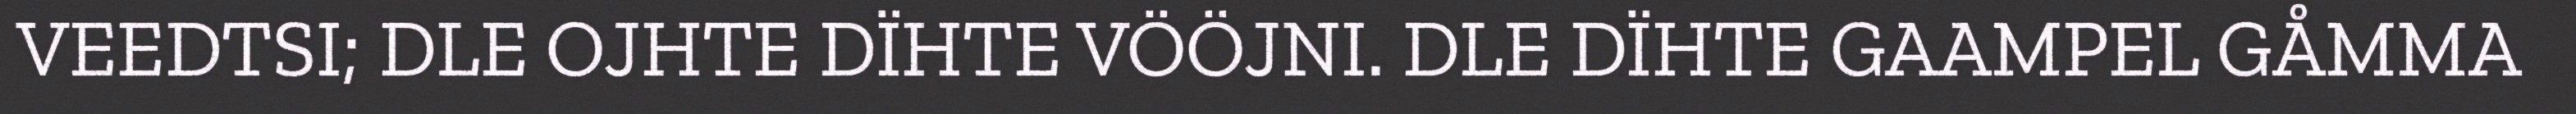
VEEDTSI; DLE OJHTE DÏHTE VÖÖJNI. DLE DÏHTE GAAMPEL GÅMMA